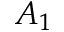
A _ { 1 }